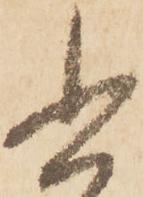
書